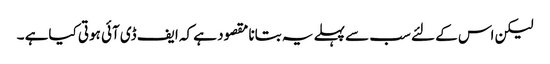
لیکن اس کے لئے سب سے پہلے یہ بتانا مقصود ہے کہ ایف ڈی آئی ہوتی کیاہے ۔